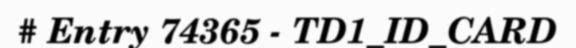
# Entry 74365 - TD1_ID_CARD